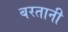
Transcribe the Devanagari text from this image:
बरतानी